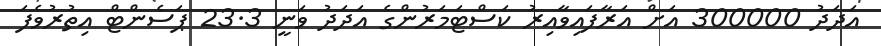
އަދަދު 300000 އަށް އަރާފައިވާއިރު ކަސްޓަމަރުންގެ އަދަދު ވަނީ 23.3 ޕަސެންޓް އިތުރުވެފަ